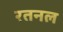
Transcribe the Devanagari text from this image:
रतनल